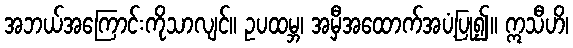
အဘယ်အကြောင်းကိုသာလျင်။ ဥပထမ္ဘ၊ အမှီအထောက်အပံ့ပြု၍။ ဣသီဟိ၊